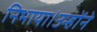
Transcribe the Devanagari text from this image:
निभाया।उन्होंने